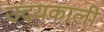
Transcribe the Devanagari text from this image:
उदयकाली